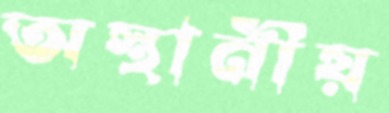
অস্থানীয়